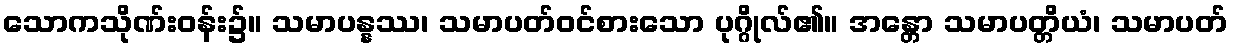
သောကသိုဏ်းဝန်း၌။ သမာပန္နဿ၊ သမာပတ်ဝင်စားသော ပုဂ္ဂိုလ်၏။ အန္တော သမာပတ္တိယံ၊ သမာပတ်